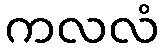
ကလလံ